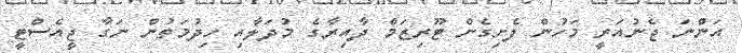
އަންނަ ޖެނުއަރީ މަހުން ފެށިގެން ޓޫރިޒަމް ދާއިރާގެ މުދަލާއި ހިދުމަތުން ނަގާ ޖީއެސްޓީ